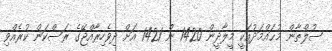
ސުލްޠާން މުޙައްމަދުއަކީ މީލާދީން 1420 ން 1421 އަށް ދިވެހިރާއްޖޭގެ ރަސްކަން ކުރެއްވި